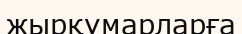
жырқұмарларға